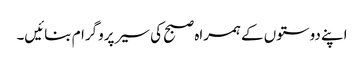
اپنے دوستوں کے ہمراہ صبح کی سیر پروگرام بنائیں۔